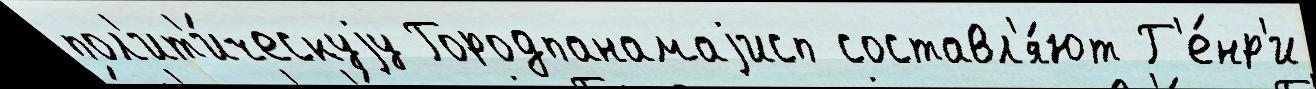
пол'ит'и́ческуjу Городпанамаjисп составл'я́ют Г'е́нр'и